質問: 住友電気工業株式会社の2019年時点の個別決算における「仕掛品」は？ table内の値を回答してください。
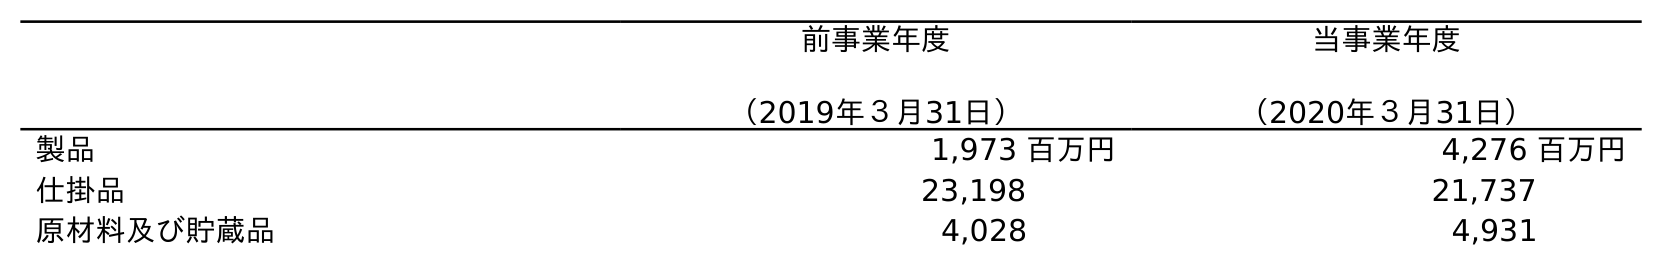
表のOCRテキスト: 前事業年度 （2019年３月31日） 当事業年度 （2020年３月31日） 製品 1,973 百万円 4,276 百万円 仕掛品 23,198 21,737 原材料及び貯蔵品 4,028 4,931
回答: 23,198